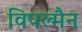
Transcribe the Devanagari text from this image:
विपल्मैन